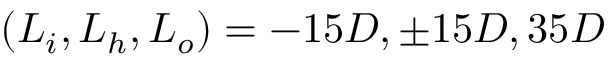
( L _ { i } , L _ { h } , L _ { o } ) = - 1 5 D , \pm 1 5 D , 3 5 D